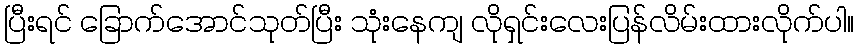
ပြီးရင် ခြောက်အောင်သုတ်ပြီး သုံးနေကျ လိုရှင်းလေးပြန်လိမ်းထားလိုက်ပါ။